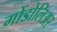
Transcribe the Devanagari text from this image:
गोंडोलिअर